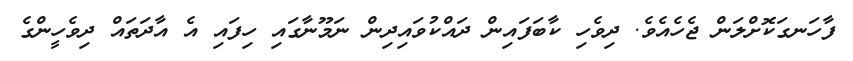
ފާހަނގަކޮށްލަން ޖެހެއެވެ. ދިވެހި ކާބަފައިން ދައްކުވައިދިން ނަމޫނާގައި ހިފައި އެ އާދަތައް ދިވެހީންގެ